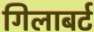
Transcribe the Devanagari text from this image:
गिलाबर्ट